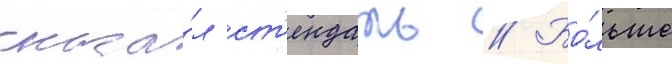
сказа́л ст'ендаль // Бо́льше